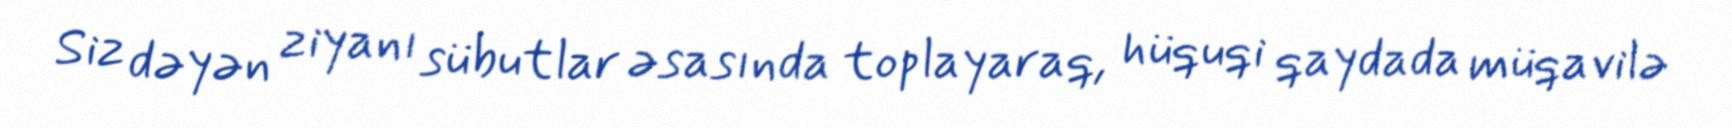
Siz dəyən ziyanı sübutlar əsasında toplayaraq, hüquqi qaydada müqavilə